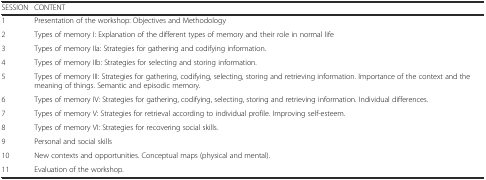
<table><thead><tr><td><b>SESSION</b></td><td><b>CONTENT</b></td></tr></thead><tbody><tr><td>1</td><td>Presentation of the workshop: Objectives and Methodology</td></tr><tr><td>2</td><td>Types of memory I: Explanation of the different types of memory and their role in normal life</td></tr><tr><td>3</td><td>Types of memory IIa: Strategies for gathering and codifying information.</td></tr><tr><td>4</td><td>Types of memory IIb: Strategies for selecting and storing information.</td></tr><tr><td>5</td><td>Types of memory III: Strategies for gathering, codifying, selecting, storing and retrieving information. Importance of the context and the meaning of things. Semantic and episodic memory.</td></tr><tr><td>6</td><td>Types of memory IV: Strategies for gathering, codifying, selecting, storing and retrieving information. Individual differences.</td></tr><tr><td>7</td><td>Types of memory V: Strategies for retrieval according to individual profile. Improving self-esteem.</td></tr><tr><td>8</td><td>Types of memory VI: Strategies for recovering social skills.</td></tr><tr><td>9</td><td>Personal and social skills</td></tr><tr><td>10</td><td>New contexts and opportunities. Conceptual maps (physical and mental).</td></tr><tr><td>11</td><td>Evaluation of the workshop.</td></tr></tbody></table>